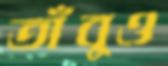
তাঁবুও